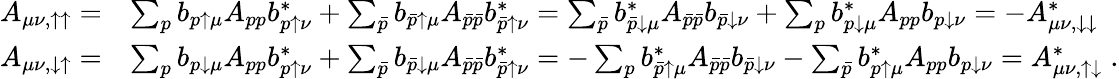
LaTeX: \begin{array}{rl}{A_{\mu\nu,\uparrow\uparrow}=}&{\sum_{p}b_{p\uparrow\mu}A_{pp}b_{p\uparrow\nu}^{*}+\sum_{\bar{p}}b_{\bar{p}\uparrow\mu}A_{\bar{p}\bar{p}}b_{\bar{p}\uparrow\nu}^{*}=\sum_{\bar{p}}b_{\bar{p}\downarrow\mu}^{*}A_{\bar{p}\bar{p}}b_{\bar{p}\downarrow\nu}+\sum_{p}b_{p\downarrow\mu}^{*}A_{pp}b_{p\downarrow\nu}=-A_{\mu\nu,\downarrow\downarrow}^{*}}\\ {A_{\mu\nu,\downarrow\uparrow}=}&{\sum_{p}b_{p\downarrow\mu}A_{pp}b_{p\uparrow\nu}^{*}+\sum_{\bar{p}}b_{\bar{p}\downarrow\mu}A_{\bar{p}\bar{p}}b_{\bar{p}\uparrow\nu}^{*}=-\sum_{p}b_{\bar{p}\uparrow\mu}^{*}A_{\bar{p}\bar{p}}b_{\bar{p}\downarrow\nu}-\sum_{\bar{p}}b_{p\uparrow\mu}^{*}A_{pp}b_{p\downarrow\nu}=A_{\mu\nu,\uparrow\downarrow}^{*}\; .}\end{array}